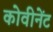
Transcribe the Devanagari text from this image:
कोवीनेंट